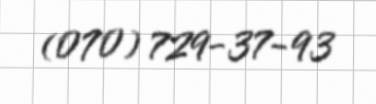
(070) 729-37-93